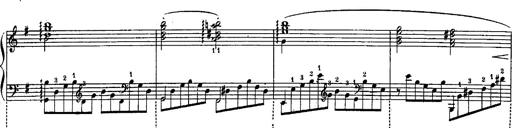
Title: Schubert's Impromptus [revised and edited by Franz Liszt]
Composer: Franz Liszt